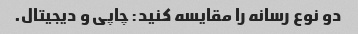
دو نوع رسانه را مقایسه کنید: چاپی و دیجیتال.